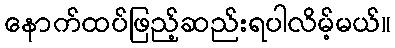
နောက်ထပ်ဖြည့်ဆည်းရပါလိမ့်မယ်။